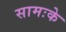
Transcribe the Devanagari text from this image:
सामःके